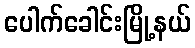
ပေါက်ခေါင်းမြို့နယ်